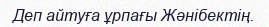
Деп айтуға ұрпағы Жәнібектің.